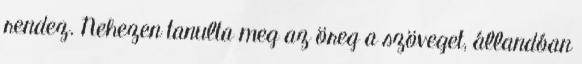
rendez. Nehezen tanulta meg az öreg a szöveget, állandóan